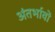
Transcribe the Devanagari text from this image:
अंतर्भावों